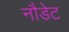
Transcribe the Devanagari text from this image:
नौडेट